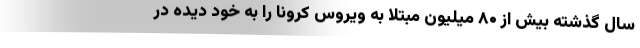
سال گذشته بیش از ۸۰ میلیون مبتلا به ویروس کرونا را به خود دیده در